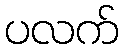
ပလက်